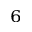
_ 6